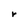
Character: r